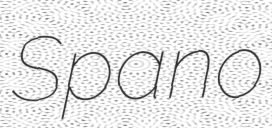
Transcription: Spano